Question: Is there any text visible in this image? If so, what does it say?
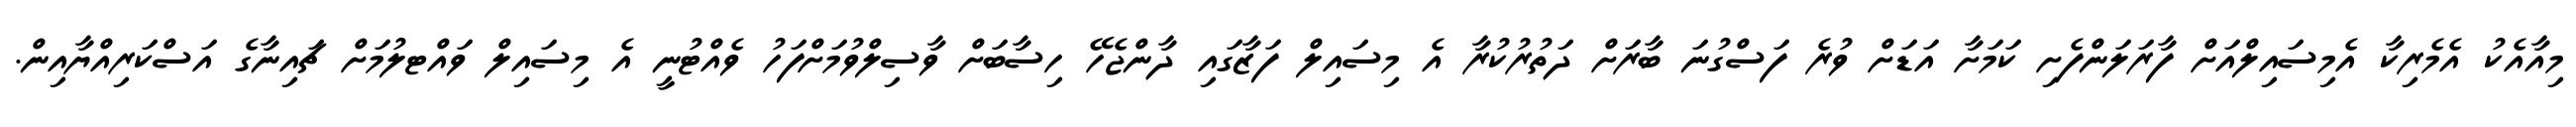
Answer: މިއާއެކު އެމެރިކާ އެމިސައިލްއަށް ފާރަލަންފެށި ކަމަށާ އަޑަށް ވުރެ ފަސްގުނަ ބާރަށް ދަތުރުކުރާ އެ މިސައިލް ފަޒާގައި ދާންޖެހޭ ހިސާބަށް ވާސިލްވުމަށްފަހު ވެއްޓުނީ އެ މިސައިލް ވައްޓލުމަށް ޗައިނާގެ އަސްކަރިއްޔާއިން.